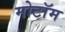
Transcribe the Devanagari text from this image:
मोटॉम